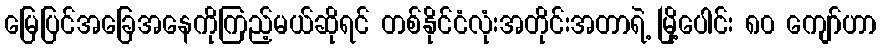
မြေပြင်အခြေအနေကိုကြည့်မယ်ဆိုရင် တစ်နိုင်ငံလုံးအတိုင်းအတာရဲ့ မြို့ပေါင်း ၈၀ ကျော်ဟာ